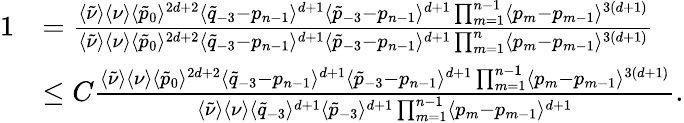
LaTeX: \begin{array}{rl}{1}&{=\frac{\langle\tilde{\nu}\rangle\langle\nu\rangle\langle\tilde{p}_{0}\rangle^{2d+2}\langle\tilde{q}_{-3}-p_{n-1}\rangle^{d+1}\langle\tilde{p}_{-3}-p_{n-1}\rangle^{d+1}\prod_{m=1}^{n-1}\langle p_{m}-p_{m-1}\rangle^{3(d+1)}}{\langle\tilde{\nu}\rangle\langle\nu\rangle\langle\tilde{p}_{0}\rangle^{2d+2}\langle\tilde{q}_{-3}-p_{n-1}\rangle^{d+1}\langle\tilde{p}_{-3}-p_{n-1}\rangle^{d+1}\prod_{m=1}^{n}\langle p_{m}-p_{m-1}\rangle^{3(d+1)}}}\\ &{\leq C\frac{\langle\tilde{\nu}\rangle\langle\nu\rangle\langle\tilde{p}_{0}\rangle^{2d+2}\langle\tilde{q}_{-3}-p_{n-1}\rangle^{d+1}\langle\tilde{p}_{-3}-p_{n-1}\rangle^{d+1}\prod_{m=1}^{n-1}\langle p_{m}-p_{m-1}\rangle^{3(d+1)}}{\langle\tilde{\nu}\rangle\langle\nu\rangle\langle\tilde{q}_{-3}\rangle^{d+1}\langle\tilde{p}_{-3}\rangle^{d+1}\prod_{m=1}^{n-1}\langle p_{m}-p_{m-1}\rangle^{d+1}}.}\end{array}